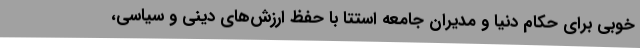
خوبی برای حکام دنیا و مدیران جامعه استتا با حفظ ارزش‌های دینی و سیاسی،